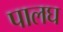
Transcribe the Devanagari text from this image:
पालघ